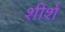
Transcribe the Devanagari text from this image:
शीर्श